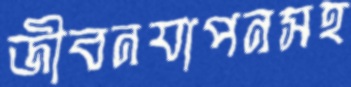
জীবনযাপনসহ